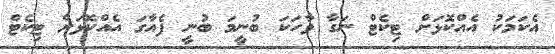
އެކަމަކު އެއްކޮޅަށް ޓިކެޓް ނަގާ ވާހަކަ ބުނީމަ ބުނީ ފެއާގަ އެއްކޮޅަށް ޓިކެޓް